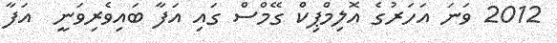
2012 ވަނަ އަހަރުގެ އޮލިމްޕިކް ގޭމްސް ގައި އަފާ ބައިވެރިވަނީ  އަފާ